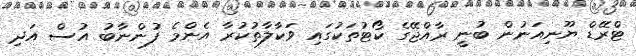
ޓްރޭޑް ޔޫނިއަނުން ބުނީ ރާއްޖޭގެ ކޯޓުތަކުގައި ވަކާލާތުކުރާ އެންމެ ފުންނާބު އުސް އަދި